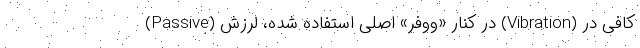
(Passive) در کنار «ووفر» اصلی استفاده شده، لرزش (Vibration) کافی در